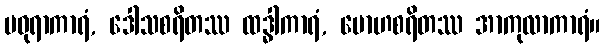
မဓုရာကာရံ, ဒေါသစရိတဿ ထဒ္ဓါကာရံ, မောဟစရိတဿ အာကုလာကာရံ။